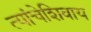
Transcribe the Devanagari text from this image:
त्यांचेशिवाय